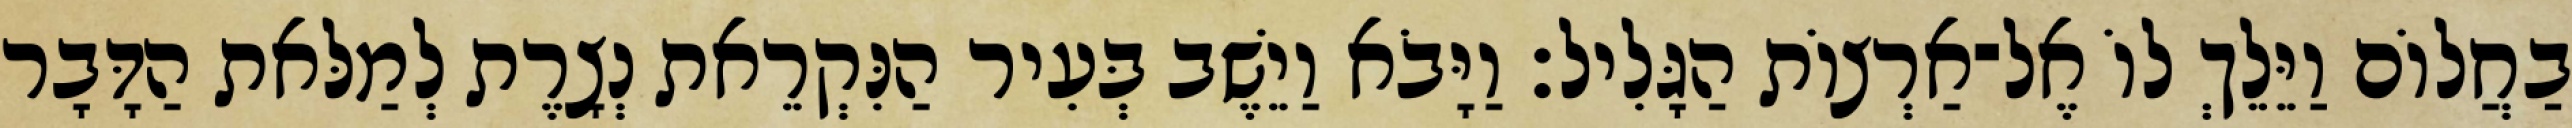
בַחֲלוֹם וַיֵּלֵךְ לוֹ אֶל־אַרְצוֹת הַגָּלִיל׃ וַיָּבֹא וַיֵשֶׁב בְּעִיר הַנִּקְרֵאת נְצָרֶת לְמַלּאת הַדָּבָר